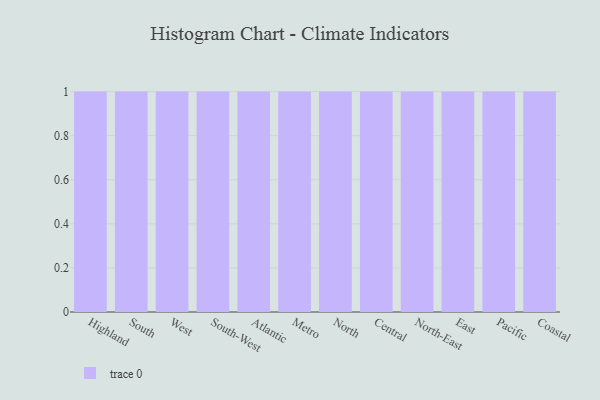
{"axis": {"x": "Region", "y": "Latency (ms)"}, "legend": [""], "data": [{"x": "Highland", "y": 38, "type": ""}, {"x": "South", "y": 38, "type": ""}, {"x": "West", "y": 96, "type": ""}, {"x": "South-West", "y": 77, "type": ""}, {"x": "Atlantic", "y": 67, "type": ""}, {"x": "Metro", "y": 64, "type": ""}, {"x": "North", "y": 40, "type": ""}, {"x": "Central", "y": 67, "type": ""}, {"x": "North-East", "y": 4, "type": ""}, {"x": "East", "y": 22, "type": ""}, {"x": "Pacific", "y": 6, "type": ""}, {"x": "Coastal", "y": 65, "type": ""}]}